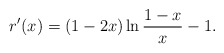
\begin{align*}r^\prime(x)=(1-2x)\ln\frac{1-x}{x}-1.\end{align*}